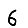
Digit: 6